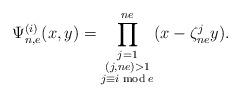
LaTeX: \begin{align*} \Psi_{n,e}^{(i)}(x,y)=\prod^{ne}_{\substack{j=1 \\ (j,ne)>1\\ j\equiv i \bmod e}}(x-\zeta^j_{ne}y).\end{align*}